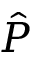
\hat { P }